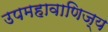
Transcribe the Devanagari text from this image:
उपमहावाणिज्य